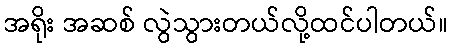
အရိုး အဆစ် လွဲသွားတယ်လို့ထင်ပါတယ်။